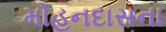
મોહનદાસના